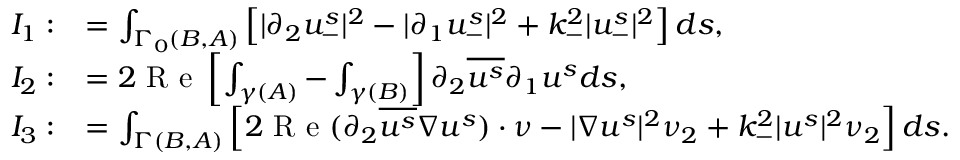
\begin{array} { r l } { I _ { 1 } : } & { = \int _ { \Gamma _ { 0 } ( B , A ) } \left[ | \partial _ { 2 } u _ { - } ^ { s } | ^ { 2 } - | \partial _ { 1 } u _ { - } ^ { s } | ^ { 2 } + k _ { - } ^ { 2 } | u _ { - } ^ { s } | ^ { 2 } \right] d s , } \\ { I _ { 2 } : } & { = 2 \textrm { R e } \left[ \int _ { \gamma ( A ) } - \int _ { \gamma ( B ) } \right] \partial _ { 2 } \overline { { u ^ { s } } } \partial _ { 1 } u ^ { s } d s , } \\ { I _ { 3 } : } & { = \int _ { \Gamma ( B , A ) } \left[ 2 \textrm { R e } ( \partial _ { 2 } \overline { { u ^ { s } } } \nabla u ^ { s } ) \cdot \nu - | \nabla u ^ { s } | ^ { 2 } \nu _ { 2 } + k _ { - } ^ { 2 } | u ^ { s } | ^ { 2 } \nu _ { 2 } \right] d s . } \end{array}